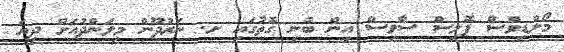
މޯލްޑިވްސް ޕޮލިސް ސާވިސް އިން ބުނި ގޮތުގައި ށ. ނަރުދޫން މިލަންދުއަށް ދިޔަ